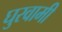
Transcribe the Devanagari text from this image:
घुरवामी